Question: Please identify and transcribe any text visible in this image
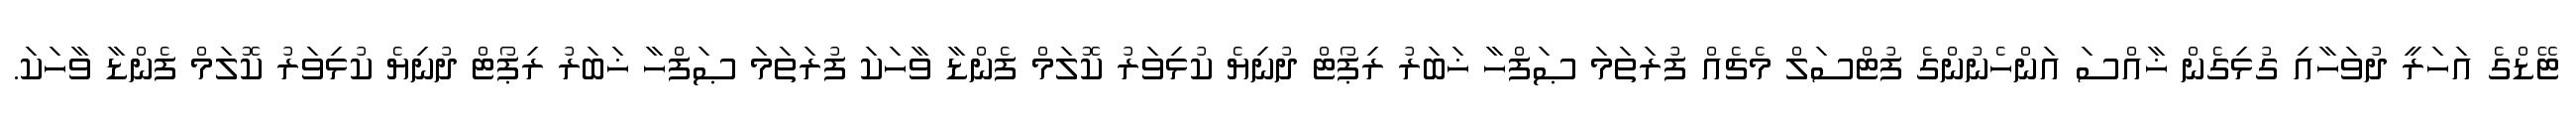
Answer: ޓޭޑްގެ އަހަރީ ދުވަހާއި ގުޅިގެން ޚާއްސަ އަންހެނުންގެ ފުޓްސަލް މެޗެއް ފުރަތަމަ ޞަފްހާ ޚަބަރު ރިޕޯޓް ދުނިޔެ ކުޅިވަރު ކޮލަމް ފެންޑާ ވާހަކަ ފުރަތަމަ ޞަފްހާ ޚަބަރު ރިޕޯޓް ދުނިޔެ ކުޅިވަރު ކޮލަމް ފެންޑާ ވާހަކަ.